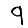
Digit: 9